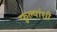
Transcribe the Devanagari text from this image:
फुल्यांशी